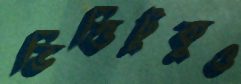
ভিত্তিটুকুও